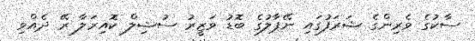
ސާކުގެ ވެރިންގެ ޝަރަފުގައި ނޭޕާލުގެ ބޮޑު ވަޒީރު ސުޝިލް ކޮއިރަލާ ރޭ ދެއްވި